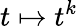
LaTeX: t\mapsto t^{k}